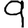
Digit: 9